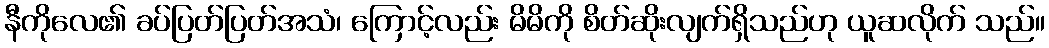
နီကိုလေ၏ ခပ်ပြတ်ပြတ်အသံ၊ ကြောင့်လည်း မိမိကို စိတ်ဆိုးလျက်ရှိသည်ဟု ယူဆလိုက် သည်။